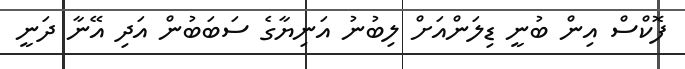
ފޮކްސް އިން ބުނީ ޑިލަންއަށް ލިބުނު އަނިޔާގެ ސަބަބުން އަދި އޭނާ ދަނީ